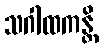
သဂါထကန္တိ